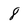
Character: 8